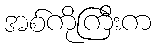
အစ်ကိုကြီးက